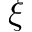
\xi